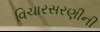
વિચારસરણીની